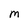
Character: M